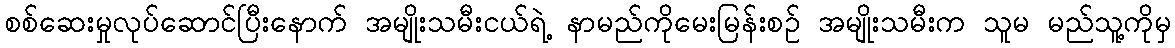
စစ်ဆေးမှုလုပ်ဆောင်ပြီးနောက် အမျိုးသမီးငယ်ရဲ့ နာမည်ကိုမေးမြန်းစဉ် အမျိုးသမီးက သူမ မည်သူ့ကိုမှ